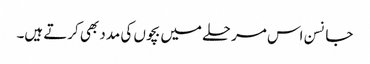
جانسن اس مرحلے میں بچوں کی مدد بھی کرتے ہیں۔